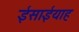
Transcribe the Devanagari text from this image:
ईसाईयाह